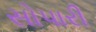
સોપારી